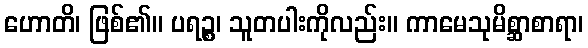
ဟောတိ၊ ဖြစ်၏။ ပရဉ္စ၊ သူတပါးကိုလည်း။ ကာမေသုမိစ္ဆာစာရာ၊